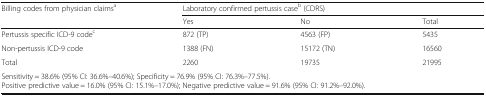
| <ROWSPAN=2> Billing codes from physician claimsa | <COLSPAN=3> Laboratory confirmed pertussis caseb (CDRS) |
 | Yes | No | Total |
 | --- | --- | --- | --- |
 | Pertussis specific ICD-9 codec | 872 (TP) | 4563 (FP) | 5435 |
 | Non-pertussis ICD-9 code | 1388 (FN) | 15172 (TN) | 16560 |
 | Total | 2260 | 19735 | 21995 |
 | <COLSPAN=4> Sensitivity = 38.6% (95% CI: 36.6%–40.6%); Specificity = 76.9% (95% CI: 76.3%–77.5%).Positive predictive value = 16.0% (95% CI: 15.1%–17.0%); Negative predictive value = 91.6% (95% CI: 91.2%–92.0%). |